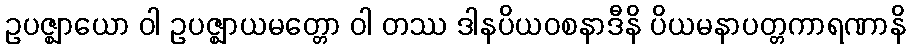
ဥပဇ္ဈာယော ဝါ ဥပဇ္ဈာယမတ္တော ဝါ တဿ ဒါနပိယဝစနာဒီနိ ပိယမနာပတ္တကာရဏာနိ